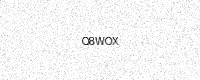
Text: Q8WOX